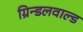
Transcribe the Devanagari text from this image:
ग्रिन्डलवाल्ड